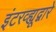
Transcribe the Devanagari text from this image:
इंटरव्ह्यूद्वारे